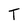
Character: T